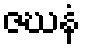
ဇဃနံ